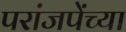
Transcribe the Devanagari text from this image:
परांजपेंच्या